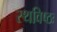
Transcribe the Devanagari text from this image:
स्थविष्ठः